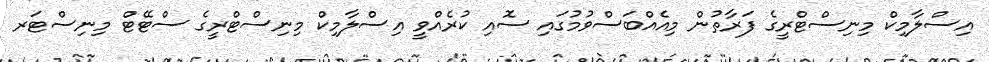
އިސްލާމިކް މިނިސްޓްރީގެ ފަރާތުން މިއެއްބަސްވުމުގައި ސޮއި ކުރެއްވީ އިސްލާމިިކް މިނިސްޓްރީގެ ސްޓޭޓް މިނިސްޓަރ